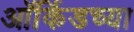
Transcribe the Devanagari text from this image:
ऑर्किडच्या